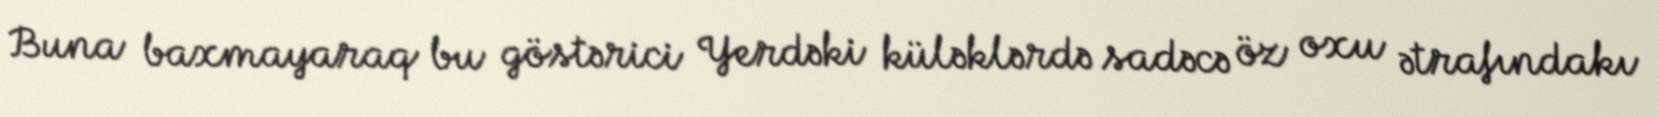
Buna baxmayaraq bu göstərici Yerdəki küləklərdə sadəcə öz oxu ətrafındakı